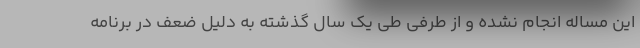
این مساله انجام نشده و از طرفی طی یک سال گذشته به دلیل ضعف در برنامه